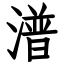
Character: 潽